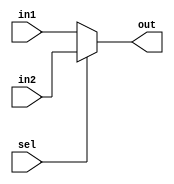
`timescale 1ns / 1ps
//////////////////////////////////////////////////////////////////////////////////
// Company: 
// Engineer: 
// 
// Design Name: 
// Module Name:    MUX_2_5 
// Project Name: 
// Target Devices: 
// Tool versions: 
// Description: 
//
// Dependencies: 
//
// Revision: 
// Revision 0.01 - File Created
// Additional Comments: 
//
//////////////////////////////////////////////////////////////////////////////////
module MUX_2_5(
    input [4:0] in1,
    input [4:0] in2,
    input sel,
    output [4:0] out
    );
	 
	 assign out=(sel==1'b0)?in1:in2;


endmodule